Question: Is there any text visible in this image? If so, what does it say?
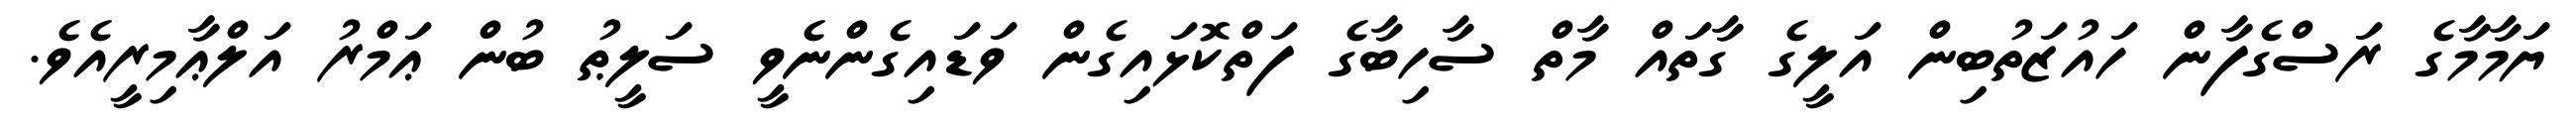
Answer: ޔަމާމާގެ ރަސްގެފާން ހައުޒަތުބިން އަލީގެ ގާތައް މާތް ސާހިބާގެ ފަތްކޮޅައިގެން ވަޑައިގެންނެވީ ސަލީޠު ބުން ޢަމްރު އަލްޢާމިރީއެވެ.